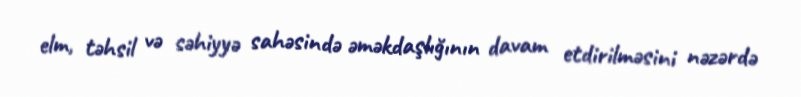
elm, təhsil və səhiyyə sahəsində əməkdaşlığının davam etdirilməsini nəzərdə